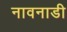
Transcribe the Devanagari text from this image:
नावनाडी